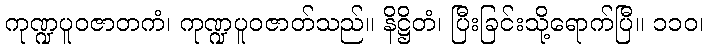
ကုဏ္ဍပူဝဇာတကံ၊ ကုဏ္ဍပူဝဇာတ်သည်။ နိဋ္ဌိတံ၊ ပြီးခြင်းသို့ရောက်ပြီ။ ၁၁၀၊